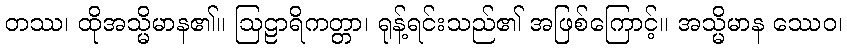
တဿ၊ ထိုအသ္မိမာန၏။ ဩဠာရိကတ္တာ၊ ရုန့်ရင်းသည်၏ အဖြစ်ကြောင့်။ အသ္မိမာန ဿေဝ၊